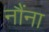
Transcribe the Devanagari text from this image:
नौंना